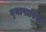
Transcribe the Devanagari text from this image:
व्‍यापारिक